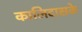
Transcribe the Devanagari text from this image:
कालिदासके